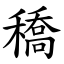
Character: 穚